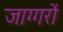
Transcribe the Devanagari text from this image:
जाग्गरों